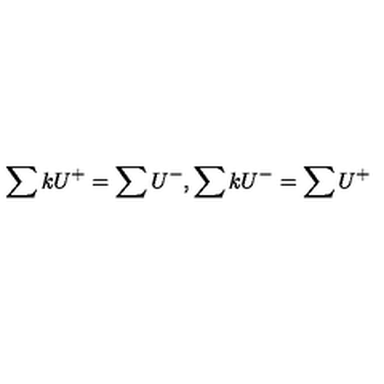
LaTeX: \sum k U ^ { + } = \sum U ^ { - } , \sum k U ^ { - } = \sum U ^ { + }